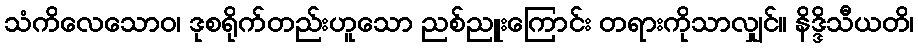
သံကိလေသောဝ၊ ဒုစရိုက်တည်းဟူသော ညစ်ညူးကြောင်း တရားကိုသာလျှင်။ နိဒ္ဒိသီယတိ၊